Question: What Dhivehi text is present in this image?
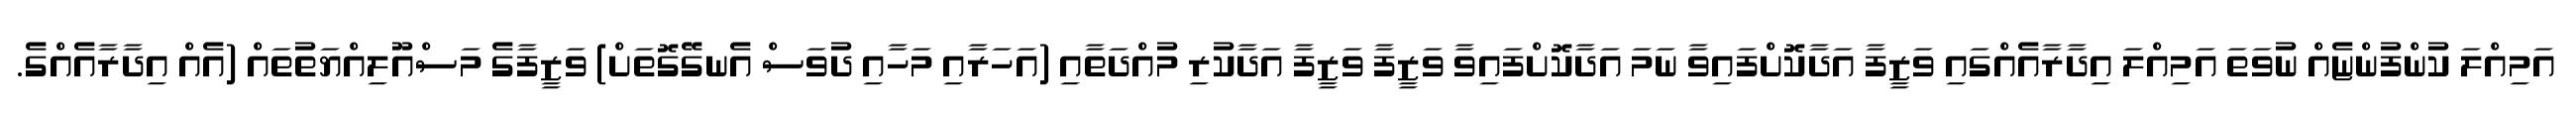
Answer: އަމިއްލަ ކުންފުންޏެއް ނުވަތަ އަމިއްލަ އިދާރާއެއްގައި ވަޒީފާ އަދާކޮށްފައިވާ ނަމަ އަދާކޮށްފައިވާ ވަޒީފާ ވަޒީފާ އަދާކުރި މުއްދަތާއި (އަހަރާއި މަހާއި ދުވަސް އެނގޭގޮތަށް) ވަޒީފާގެ މަސްއޫލިއްޔަތުތައް (އެއް އިދާރާއެއްގެ.